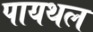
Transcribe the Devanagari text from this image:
पायथल